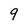
Character: 9